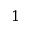
1